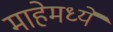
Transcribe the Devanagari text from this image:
माहेमध्ये